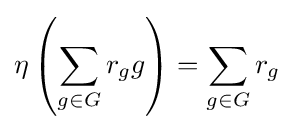
\eta \left(\sum _{g\in G}r_{g}g\right)=\sum _{g\in G}r_{g}